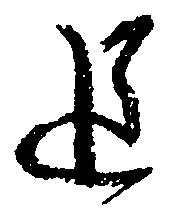
追